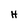
Character: H